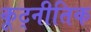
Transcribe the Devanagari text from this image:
कूट्नीतिक